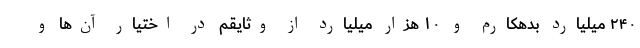
۲۴۰ میلیارد بدهکارم و ۱۰ هزار میلیارد از وثایقم در اختیار آن‌ها و